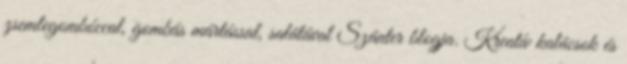
zsemlegombóccal, gombás mártással, salátával Szánter blogja. Kreatív kalácsok és